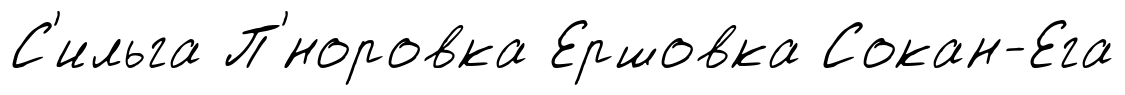
С'ильга П'́норовка Ершовка Сокан-Ега